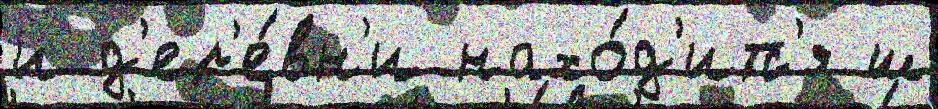
и д'ер'е́вн'и нахо́д'итс'я ш